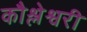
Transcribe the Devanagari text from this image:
कौश्लेश्वरी